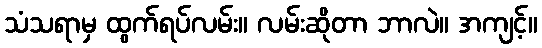
သံသရာမှ ထွက်ရပ်လမ်း။ လမ်းဆိုတာ ဘာလဲ။ အကျင့်။